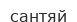
сантяй